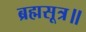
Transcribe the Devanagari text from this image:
ब्रह्मसूत्र॥